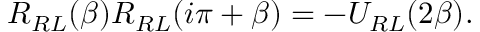
R _ { R L } ( \beta ) R _ { R L } ( i \pi + \beta ) = - U _ { R L } ( 2 \beta ) .